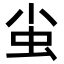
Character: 𧈨